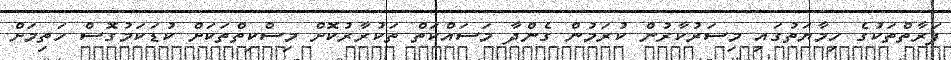
ފަރާތްތަކުގެ ހިމާޔަތުގައި މިސަރުކާރުން ކުރަމުން ގެންދާ މަސައްކަތް ތަކުރާރުކޮށް މިސްކިތްތަކަށް ކުޑަކަމުގޮސް ހަތިމަށް